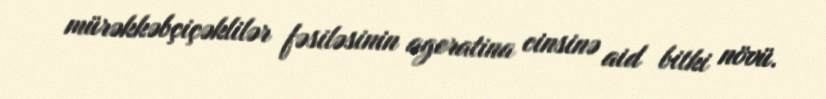
mürəkkəbçiçəklilər fəsiləsinin ageratina cinsinə aid bitki növü.